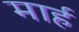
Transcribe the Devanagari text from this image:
मार्ह